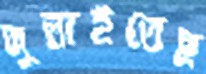
দুলাইতেছ